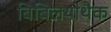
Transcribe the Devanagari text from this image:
बिबिलयोथैक